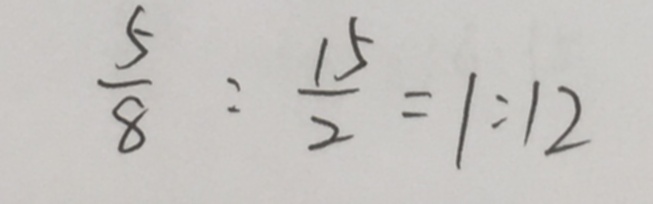
\frac { 5 } { 8 } : \frac { 1 5 } { 2 } = 1 : 1 2